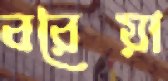
বরৈয়া